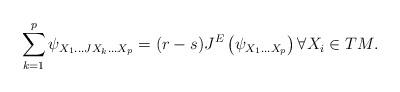
LaTeX: \begin{align*}\sum_{k=1}^p \psi_{X_1 \ldots JX_k\ldots X_p} = (r-s) J^E\left(\psi_{X_1\ldots X_p} \right)\forall X_i \in TM.\end{align*}